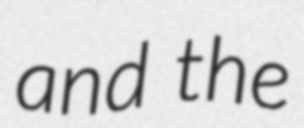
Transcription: and the